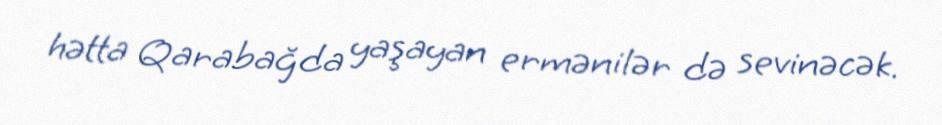
hətta Qarabağda yaşayan ermənilər də sevinəcək.